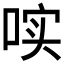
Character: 𱓐